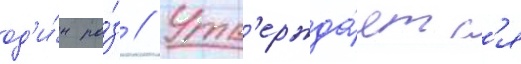
од'и́н ра́з // Утв'ержда́етс'я